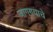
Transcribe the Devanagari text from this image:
जागण्याचे